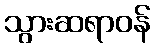
သွားဆရာဝန်